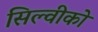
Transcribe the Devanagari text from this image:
सिल्वीको